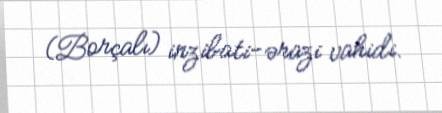
(Borçalı) inzibati-ərazi vahidi.